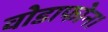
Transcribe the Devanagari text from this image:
वोडाफोन।